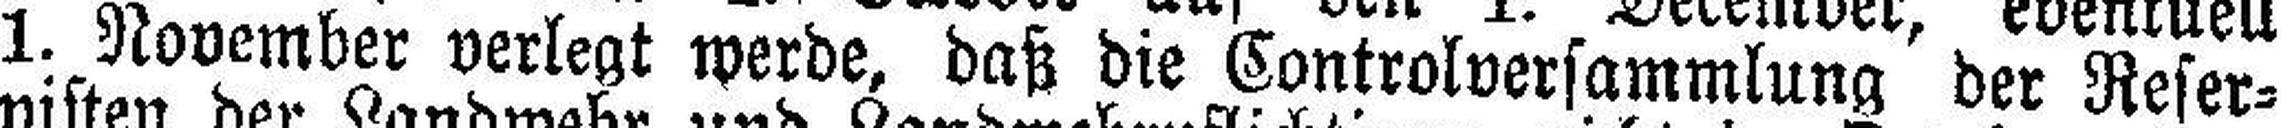
1. November verlegt werde, daß die Controlversammlung der Reser¬